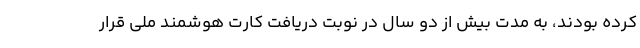
کرده بودند، به مدت بیش از دو سال در نوبت دریافت کارت هوشمند ملی قرار